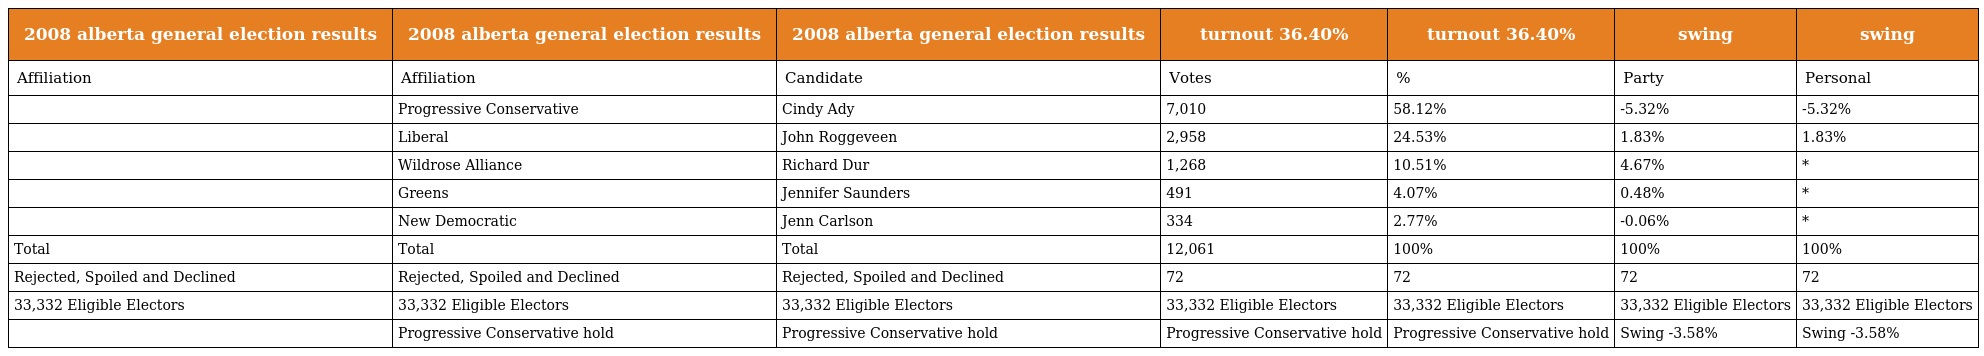
| 2008 alberta general election results | 2008 alberta general election results | 2008 alberta general election results | turnout 36.40% | turnout 36.40% | swing | swing |
 | --- | --- | --- | --- | --- | --- | --- |
 | Affiliation | Affiliation | Candidate | Votes | % | Party | Personal |
 |  | Progressive Conservative | Cindy Ady | 7,010 | 58.12% | -5.32% | -5.32% |
 |  | Liberal | John Roggeveen | 2,958 | 24.53% | 1.83% | 1.83% |
 |  | Wildrose Alliance | Richard Dur | 1,268 | 10.51% | 4.67% | * |
 |  | Greens | Jennifer Saunders | 491 | 4.07% | 0.48% | * |
 |  | New Democratic | Jenn Carlson | 334 | 2.77% | -0.06% | * |
 | Total | Total | Total | 12,061 | 100% | 100% | 100% |
 | Rejected, Spoiled and Declined | Rejected, Spoiled and Declined | Rejected, Spoiled and Declined | 72 | 72 | 72 | 72 |
 | 33,332 Eligible Electors | 33,332 Eligible Electors | 33,332 Eligible Electors | 33,332 Eligible Electors | 33,332 Eligible Electors | 33,332 Eligible Electors | 33,332 Eligible Electors |
 |  | Progressive Conservative hold | Progressive Conservative hold | Progressive Conservative hold | Progressive Conservative hold | Swing -3.58% | Swing -3.58% |